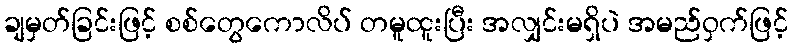
ချမှတ်ခြင်းဖြင့် စစ်တွေကောလိပ် တမူထူးပြီး အလျှင်းမရှိပဲ အမည်ဝှက်ဖြင့်